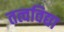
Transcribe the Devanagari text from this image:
तत्वविद्या